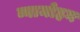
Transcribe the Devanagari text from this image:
व्यामोहन